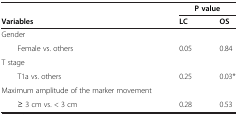
<table><thead><tr><td><b> </b></td><td colspan="2"><b>P value</b></td></tr><tr><td><b>Variables</b></td><td><b>LC</b></td><td><b>OS</b></td></tr></thead><tbody><tr><td>Gender</td><td> </td><td> </td></tr><tr><td>Female vs. others</td><td>0.05</td><td>0.84</td></tr><tr><td>T stage</td><td> </td><td> </td></tr><tr><td>T1a vs. others</td><td>0.25</td><td>0.03*</td></tr><tr><td>Maximum amplitude of the marker movement</td><td> </td><td> </td></tr><tr><td>≥ 3 cm vs. &lt; 3 cm</td><td>0.28</td><td>0.53</td></tr></tbody></table>